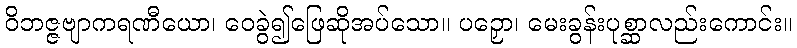
ဝိဘဇ္ဇဗျာကရဏီယော၊ ဝေခွဲ၍ဖြေဆိုအပ်သော။ ပဉှော၊ မေးခွန်းပုစ္ဆာလည်းကောင်း။